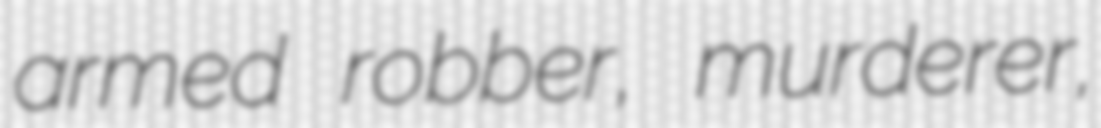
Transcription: armed robber, murderer,